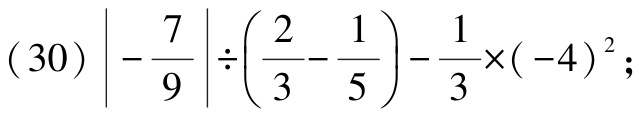
\((30)\left|-\frac{7}{9}\right|\div\left(\frac{2}{3}-\frac{1}{5}\right)-\frac{1}{3}\times(-4)^{2};\)